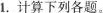
1.计算下列各题。